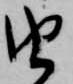
由